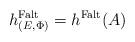
LaTeX: \begin{align*}h^\mathrm{Falt}_{(E,\Phi)} = h^\mathrm{Falt}(A)\end{align*}